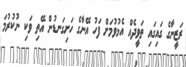
ރަޒީނާގެ ގައިގައި ތަވީދެއް އެޅުވުމަށް ފަހު އޭނާގެ ހަށިގަނޑުން އޭތި ވަކި ނުކުރުމަ